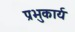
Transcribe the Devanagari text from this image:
प्रभुकार्य